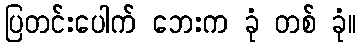
ပြတင်းပေါက် ဘေးက ခုံ တစ် ခုံ။